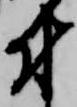
付